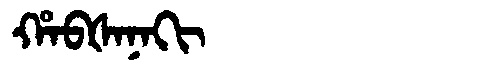
Manchu: ᡥᠠᠪᡧᠠᠨᠠᡴᡳ
Romanization: HABŠANAKI